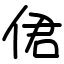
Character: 侰